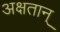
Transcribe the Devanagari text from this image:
अक्षतान्